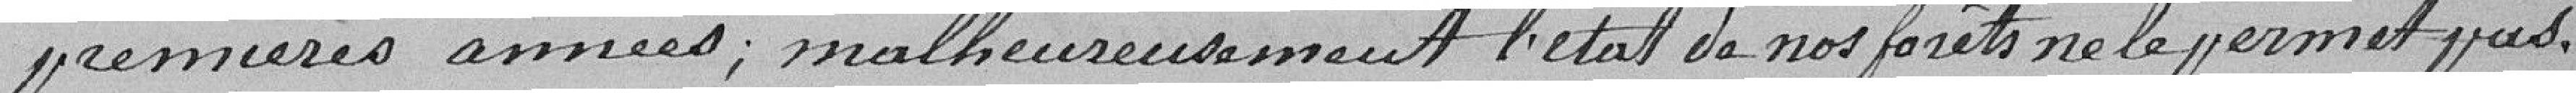
premières années; malheureusement l'état de nos forêts ne le permet pas.